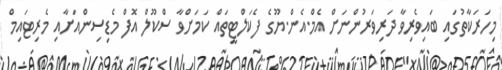
މިހަރަކާތުގައި ބައިވެރިވާ ދަރިވަރުންނަށް އެމް.އެން.ޔޫގެ ފެކަލްޓީތައް ކަމަށްވާ ސްކޫލް އޮފް މެޑިސިންއަށާއި މެރިޓައިމް